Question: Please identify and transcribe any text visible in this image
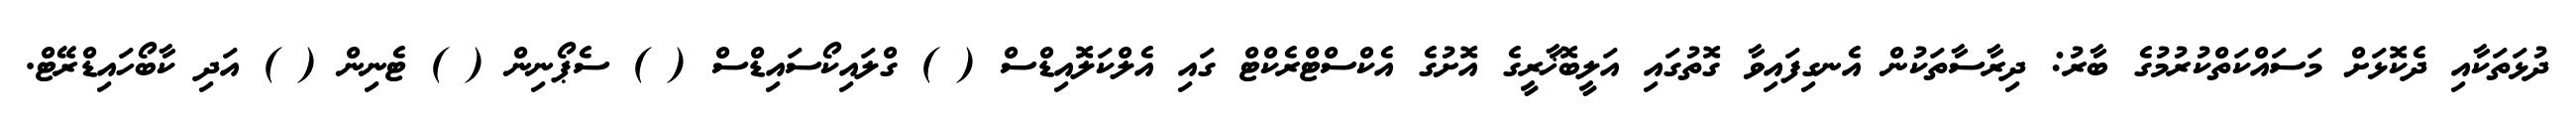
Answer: ދުޅަތަކާއި ދެކޮޅަށް މަސައްކަތްކުރުމުގެ ބާރު: ދިރާސާތަކުން އެނގިފައިވާ ގޮތުގައި އަލީބޮޚާރީގެ އޮށުގެ އެކްސްޓްރެކްޓް ގައި އެލްކަލޮއިޑްސް ( ) ގްލައިކޯސައިޑްސް ( ) ސެޕޯނިން ( ) ޓެނިން ( ) އަދި ކާބޯހައިޑްރޭޓް.